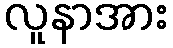
လူနာအား